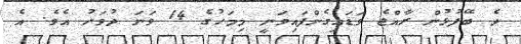
ދެ ބޭފުޅުން ރާއްޖެ ވަޑައިގެންފައިވަނީ މިމަހުގެ 14 ވަނަ ދުވަހު އެވެ. އެ